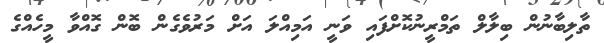
ތާލިބާނުން ބިލާލް ތަމްރީނުކޮށްފައި ވަނީ އަމިއްލަ އަށް މަރުވެގެން ބޮން ގޮއްވާ މީހެއްގެ